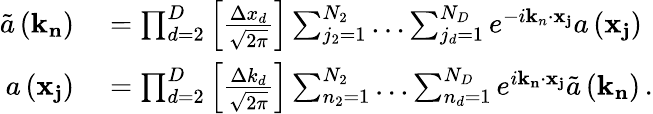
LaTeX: \begin{array}{rl}{\tilde{a}\left(\mathbf{k}_{\mathbf{n}}\right)}&{{}=\prod_{d=2}^{D}\left[\frac{\Delta x_{d}}{\sqrt{2\pi}}\right]\sum_{j_{2}=1}^{N_{2}}\ldots\sum_{j_{d}=1}^{N_{D}}e^{-i\mathbf{k}_{n}\cdot\mathbf{x}_{\mathbf{j}}}a\left(\mathbf{x}_{\mathbf{j}}\right)\, }\\ {a\left(\mathbf{x}_{\mathbf{j}}\right)}&{{}=\prod_{d=2}^{D}\left[\frac{\Delta k_{d}}{\sqrt{2\pi}}\right]\sum_{n_{2}=1}^{N_{2}}\ldots\sum_{n_{d}=1}^{N_{D}}e^{i\mathbf{k}_{\mathbf{n}}\cdot\mathbf{x}_{\mathbf{j}}}\tilde{a}\left(\mathbf{k}_{\mathbf{n}}\right)\, .}\end{array}